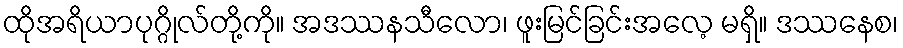
ထိုအရိယာပုဂ္ဂိုလ်တို့ကို။ အဒဿနသီလော၊ ဖူးမြင်ခြင်းအလေ့ မရှိ။ ဒဿနေစ၊